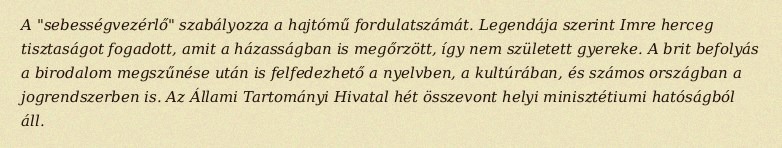
A "sebességvezérlő" szabályozza a hajtómű fordulatszámát. Legendája szerint Imre herceg tisztaságot fogadott, amit a házasságban is megőrzött, így nem született gyereke. A brit befolyás a birodalom megszűnése után is felfedezhető a nyelvben, a kultúrában, és számos országban a jogrendszerben is. Az Állami Tartományi Hivatal hét összevont helyi minisztétiumi hatóságból áll.